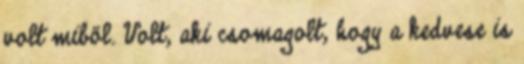
volt miből. Volt, aki csomagolt, hogy a kedvese is